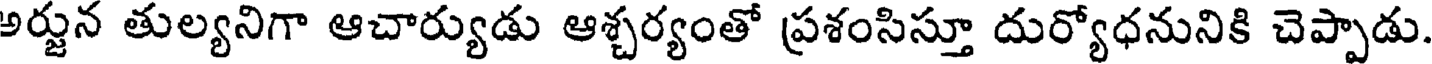
అర్జున తుల్యనిగా ఆచార్యుడు ఆశ్చర్యంతో ప్రశంసిస్తూ దుర్యోధనునికి చెప్పాడు.